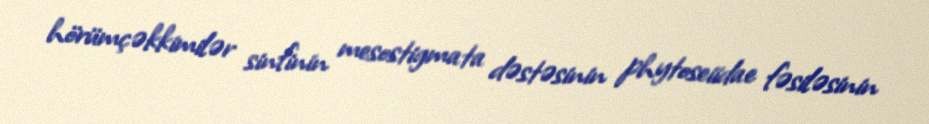
hörümçəkkimilər sinfinin mesostigmata dəstəsinin phytoseiidae fəsiləsinin